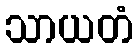
သာယတံ